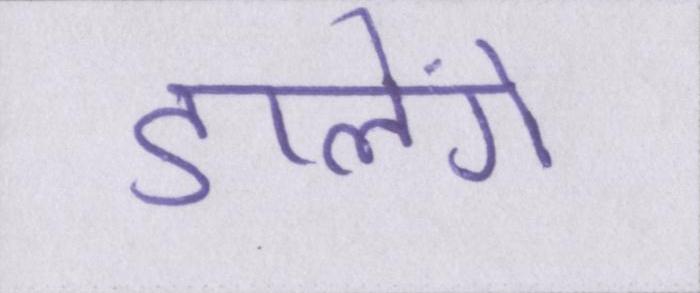
डालेंगे